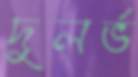
দুলর্ভ